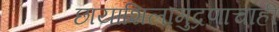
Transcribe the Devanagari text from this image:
छायाशिलामुद्रणाचाही